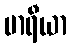
မာရီယာ